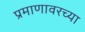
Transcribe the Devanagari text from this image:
प्रमाणावरच्या